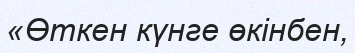
«Өткен күнге өкінбен,